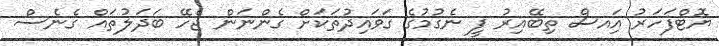
ޔޮޓްފަހަރު އަިއސް ތިބޭއިރު ފީ ނެގުމުގެ ގަވައިދުތަކަށް ގެންނަން ޖެހޭ ބަދަލުތައް ގެނެސް